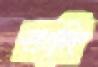
বদি